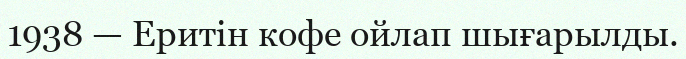
1938 — Еритiн кофе ойлап шығарылды.